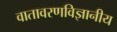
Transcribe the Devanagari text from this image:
वातावरणविज्ञानीय